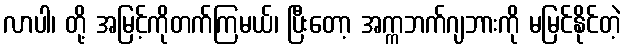
လာပါ၊ တို့ အမြင့်ကိုတက်ကြမယ်၊ ပြီးတော့ အက္ကဘက်ဂျဘားကို မမြင်နိုင်တဲ့